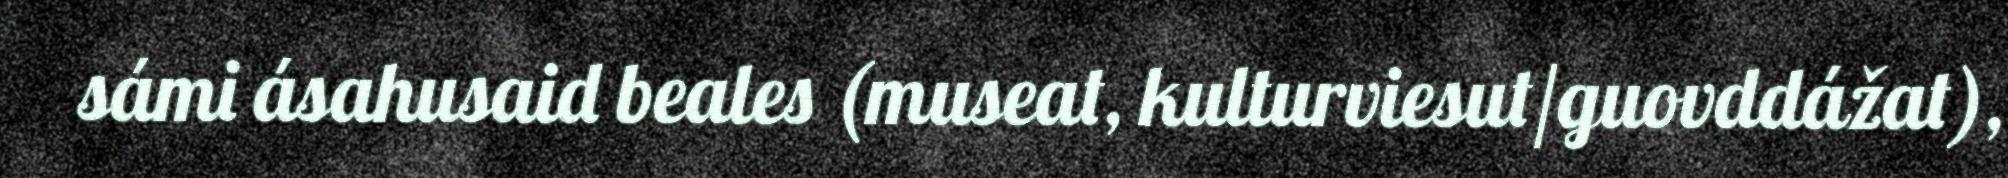
sámi ásahusaid beales (museat, kulturviesut/guovddážat),